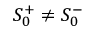
S _ { 0 } ^ { + } \neq S _ { 0 } ^ { - }